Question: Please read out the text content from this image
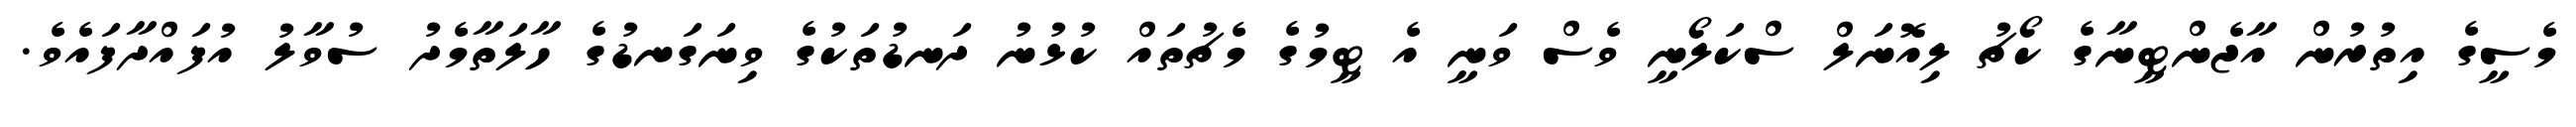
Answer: މެސީގެ އިތުރުން އާޖެންޓީނާގެ ކޯޗު ލިއޮނަލް ސްކަލޯނީ ވެސް ވަނީ އެ ޓީމުގެ މެޗުތައް ކުޅުނު ދަނޑުތަކުގެ ވިނަގަނޑުގެ ހާލަތާމެދު ސުވާލު އުފައްދާފައެވެ.